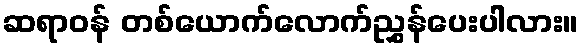
ဆရာဝန် တစ်ယောက်လောက်ညွှန်ပေးပါလား။